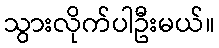
သွားလိုက်ပါဦးမယ်။